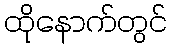
ထိုနောက်တွင်